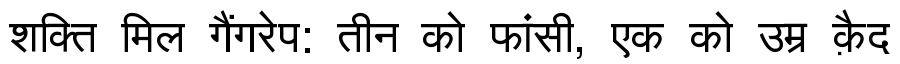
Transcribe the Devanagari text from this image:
शक्ति मिल गैंगरेप: तीन को फांसी, एक को उम्र क़ैद